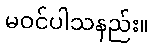
မဝင်ပါသနည်း။